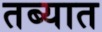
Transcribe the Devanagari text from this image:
तब्यात